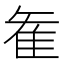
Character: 𮥶